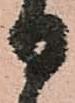
日